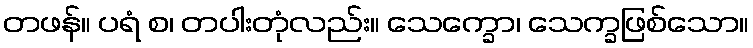
တဖန်။ ပရံ စ၊ တပါးတုံလည်း။ သေက္ခော၊ သေက္ခဖြစ်သော။